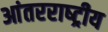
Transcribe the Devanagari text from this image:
आंतरराष्‍ट्रीय